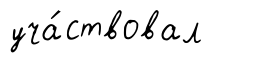
уча́ствовал